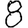
Digit: 8